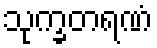
သုက္ခတရဏံ